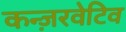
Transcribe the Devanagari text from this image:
कन्ज़रवेटिव